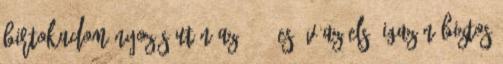
birtokadományozás után az 1417-es év az első igazán biztos